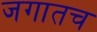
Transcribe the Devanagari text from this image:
जगातच